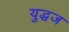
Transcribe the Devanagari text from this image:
युद्धज